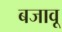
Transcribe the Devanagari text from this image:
बजावू